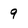
Character: 9